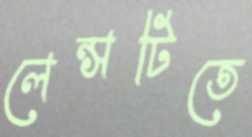
লেন্সটিতে